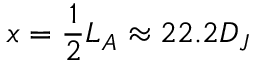
x = \frac { 1 } { 2 } L _ { A } \approx 2 2 . 2 D _ { J }